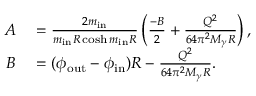
\begin{array} { r l } { A } & { { } = \frac { 2 m _ { \mathrm { i n } } } { m _ { \mathrm { i n } } R \cosh m _ { \mathrm { i n } } R } \left( \frac { - B } { 2 } + \frac { Q ^ { 2 } } { 6 4 \pi ^ { 2 } M _ { \gamma } R } \right) , } \\ { B } & { { } = ( \phi _ { \mathrm { o u t } } - \phi _ { \mathrm { i n } } ) R - \frac { Q ^ { 2 } } { 6 4 \pi ^ { 2 } M _ { \gamma } R } . } \end{array}